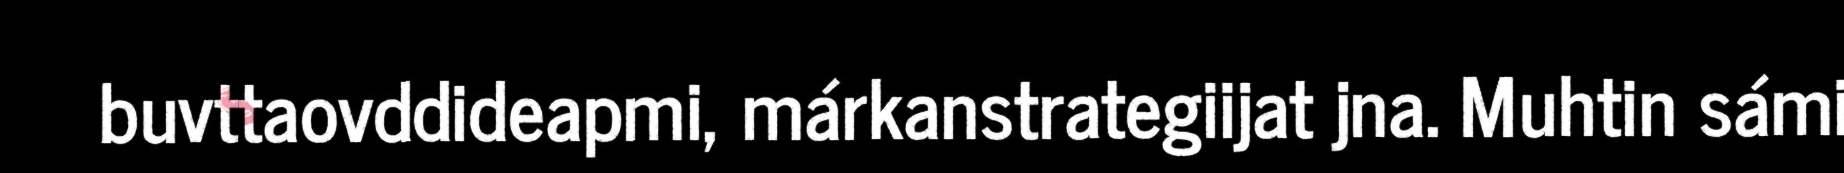
buvttaovddideapmi, márkanstrategiijat jna. Muhtin sámi